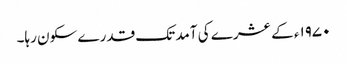
۱۹۷۰ء کے عشرے کی آمد تک قدرے سکون رہا۔